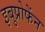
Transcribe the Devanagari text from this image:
इबुप्रोफेंन